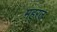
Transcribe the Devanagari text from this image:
महरज